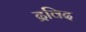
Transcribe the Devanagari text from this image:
द्रविद